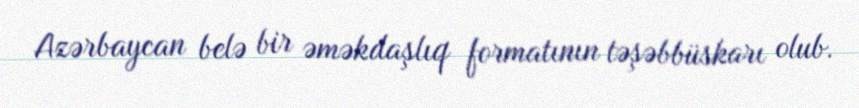
Azərbaycan belə bir əməkdaşlıq formatının təşəbbüskarı olub.